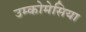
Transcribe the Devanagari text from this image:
उम्कोमेसिया